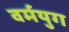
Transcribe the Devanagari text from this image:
वर्मयुग